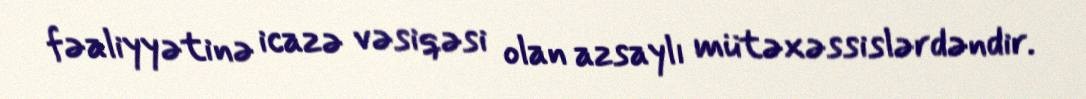
fəaliyyətinə icazə vəsiqəsi olan azsaylı mütəxəssislərdəndir.